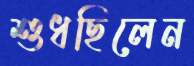
শুধছিলেন